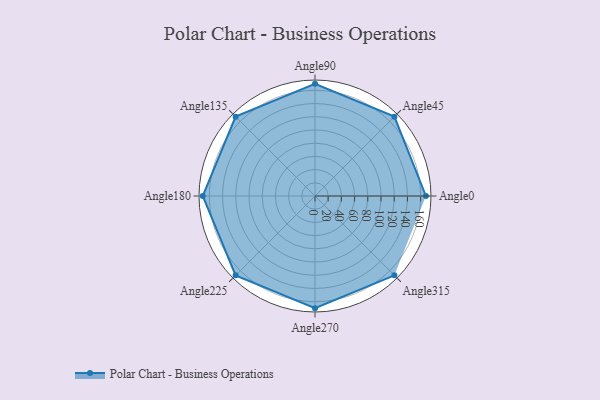
{"axis": {"x": "Angle", "y": "Radius"}, "legend": [""], "data": [{"x": "Angle0", "y": 168.0, "type": ""}, {"x": "Angle45", "y": 170, "type": ""}, {"x": "Angle90", "y": 170, "type": ""}, {"x": "Angle135", "y": 170, "type": ""}, {"x": "Angle180", "y": 170.0, "type": ""}, {"x": "Angle225", "y": 170, "type": ""}, {"x": "Angle270", "y": 170, "type": ""}, {"x": "Angle315", "y": 170, "type": ""}]}